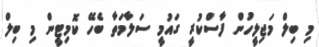
މި ބިލް މަޖިލީހުން ފާސްކުރީ ގައުމީ ސަލާމަތާ ބެހޭ ކޮމިޓީން މި ބިލް